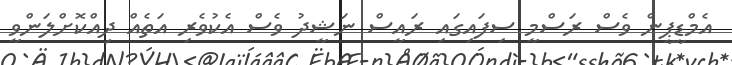
އެމްޑީޕީން ވެސް ރަސްމީ ސިފައިގައި ރައީސް ނަޝީދު ވެސް އެކުވެރި އަތެއް ދިއްކޮށްލަންވީ